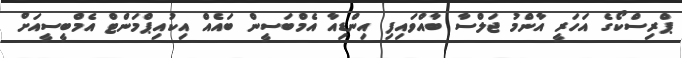
ޕްރިސްކޯގެ އަހަރީ އާންމު ޖަލްސާ ބާއްވައިފި އިންޑިއާ އެމްބަސީން ބައެއް އިކުއިޕްމަންޓް އެމްބީސީއަށް